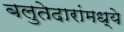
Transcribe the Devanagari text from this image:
बलुतेदारांमध्ये